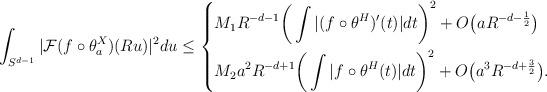
LaTeX: \begin{align*}\int_{S^{d-1}}|\mathcal{F}(f\circ \theta_a^X)(Ru)|^2 du \leq \begin{dcases}M_1 R^{-d-1} \bigg(\int|(f\circ \theta^H )' (t)|dt\bigg)^2+O\big( a R^{-d-\frac{1}{2}}\big)\\M_2 a^2 R^{-d+1} \bigg(\int |f\circ \theta^H (t)| dt\bigg)^2 + O\big( a^3 R^{-d+\frac{3}{2}}\big).\end{dcases}\end{align*}